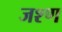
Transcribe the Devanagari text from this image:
जश्ण